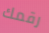
رقمك